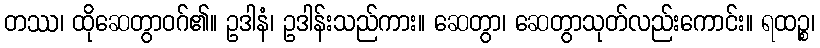
တဿ၊ ထိုဆေတွာဝဂ်၏။ ဥဒါနံ၊ ဥဒါန်းသည်ကား။ ဆေတွာ၊ ဆေတွာသုတ်လည်းကောင်း။ ရထဉ္စ၊